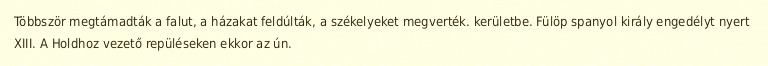
Többször megtámadták a falut, a házakat feldúlták, a székelyeket megverték. kerületbe. Fülöp spanyol király engedélyt nyert XIII. A Holdhoz vezető repüléseken ekkor az ún.